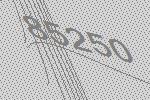
85250